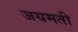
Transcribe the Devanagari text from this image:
जयमती